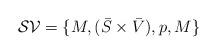
LaTeX: \begin{align*}\mathcal{SV}=\{M,(\bar{S}\times\bar{V}),p,M\}\end{align*}